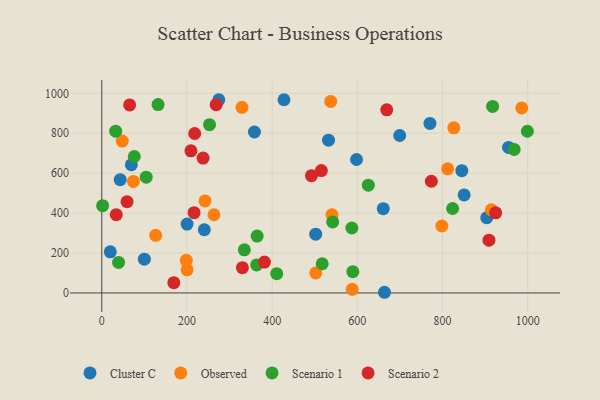
{"axis": {"x": "Price", "y": "Salary"}, "legend": ["Cluster C", "Observed", "Scenario 1", "Scenario 2"], "data": [{"x": "532.3", "y": 765.3, "type": "Cluster C"}, {"x": "427.7", "y": 967.9, "type": "Cluster C"}, {"x": "903.7", "y": 376.7, "type": "Cluster C"}, {"x": "954.9", "y": 728.9, "type": "Cluster C"}, {"x": "240.7", "y": 316.6, "type": "Cluster C"}, {"x": "502.2", "y": 294.3, "type": "Cluster C"}, {"x": "699.4", "y": 788.8, "type": "Cluster C"}, {"x": "598.1", "y": 668.5, "type": "Cluster C"}, {"x": "770.4", "y": 849.0, "type": "Cluster C"}, {"x": "200.2", "y": 344.8, "type": "Cluster C"}, {"x": "69.4", "y": 642.2, "type": "Cluster C"}, {"x": "850.6", "y": 491.0, "type": "Cluster C"}, {"x": "358.4", "y": 806.2, "type": "Cluster C"}, {"x": "845.2", "y": 612.7, "type": "Cluster C"}, {"x": "663.7", "y": 3.3, "type": "Cluster C"}, {"x": "100.0", "y": 169.0, "type": "Cluster C"}, {"x": "20.0", "y": 205.8, "type": "Cluster C"}, {"x": "274.8", "y": 967.7, "type": "Cluster C"}, {"x": "660.8", "y": 422.1, "type": "Cluster C"}, {"x": "43.3", "y": 567.4, "type": "Cluster C"}, {"x": "74.2", "y": 558.8, "type": "Observed"}, {"x": "540.4", "y": 391.7, "type": "Observed"}, {"x": "48.1", "y": 760.6, "type": "Observed"}, {"x": "329.1", "y": 929.6, "type": "Observed"}, {"x": "826.4", "y": 827.1, "type": "Observed"}, {"x": "537.4", "y": 959.4, "type": "Observed"}, {"x": "811.9", "y": 621.7, "type": "Observed"}, {"x": "200.2", "y": 115.7, "type": "Observed"}, {"x": "985.9", "y": 926.6, "type": "Observed"}, {"x": "587.9", "y": 18.0, "type": "Observed"}, {"x": "914.6", "y": 416.1, "type": "Observed"}, {"x": "798.3", "y": 335.2, "type": "Observed"}, {"x": "242.4", "y": 460.7, "type": "Observed"}, {"x": "198.5", "y": 163.6, "type": "Observed"}, {"x": "126.5", "y": 288.5, "type": "Observed"}, {"x": "263.4", "y": 391.6, "type": "Observed"}, {"x": "502.4", "y": 100.1, "type": "Observed"}, {"x": "589.4", "y": 106.5, "type": "Scenario 1"}, {"x": "76.3", "y": 683.6, "type": "Scenario 1"}, {"x": "39.4", "y": 153.0, "type": "Scenario 1"}, {"x": "968.1", "y": 718.7, "type": "Scenario 1"}, {"x": "517.5", "y": 146.1, "type": "Scenario 1"}, {"x": "823.6", "y": 422.9, "type": "Scenario 1"}, {"x": "253.0", "y": 842.7, "type": "Scenario 1"}, {"x": "625.7", "y": 540.0, "type": "Scenario 1"}, {"x": "32.6", "y": 810.5, "type": "Scenario 1"}, {"x": "132.1", "y": 943.8, "type": "Scenario 1"}, {"x": "334.7", "y": 215.8, "type": "Scenario 1"}, {"x": "410.7", "y": 96.7, "type": "Scenario 1"}, {"x": "587.1", "y": 325.4, "type": "Scenario 1"}, {"x": "104.3", "y": 580.0, "type": "Scenario 1"}, {"x": "999.1", "y": 809.9, "type": "Scenario 1"}, {"x": "363.6", "y": 140.4, "type": "Scenario 1"}, {"x": "542.0", "y": 355.7, "type": "Scenario 1"}, {"x": "364.7", "y": 284.9, "type": "Scenario 1"}, {"x": "2.0", "y": 437.1, "type": "Scenario 1"}, {"x": "917.5", "y": 934.4, "type": "Scenario 1"}, {"x": "218.1", "y": 798.6, "type": "Scenario 2"}, {"x": "773.7", "y": 559.5, "type": "Scenario 2"}, {"x": "216.7", "y": 402.2, "type": "Scenario 2"}, {"x": "492.2", "y": 587.4, "type": "Scenario 2"}, {"x": "908.9", "y": 264.2, "type": "Scenario 2"}, {"x": "59.3", "y": 457.4, "type": "Scenario 2"}, {"x": "515.4", "y": 612.8, "type": "Scenario 2"}, {"x": "268.5", "y": 943.0, "type": "Scenario 2"}, {"x": "65.4", "y": 941.7, "type": "Scenario 2"}, {"x": "330.1", "y": 126.6, "type": "Scenario 2"}, {"x": "669.0", "y": 917.4, "type": "Scenario 2"}, {"x": "924.7", "y": 401.2, "type": "Scenario 2"}, {"x": "34.0", "y": 392.0, "type": "Scenario 2"}, {"x": "209.3", "y": 712.1, "type": "Scenario 2"}, {"x": "169.1", "y": 51.2, "type": "Scenario 2"}, {"x": "381.9", "y": 154.7, "type": "Scenario 2"}, {"x": "237.8", "y": 675.5, "type": "Scenario 2"}]}